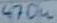
Text: 470u